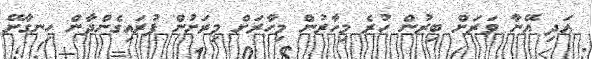
އަދި އޭނާ ވަރަށް ބިރުން ހުރެ މިހާރުން މިހާރަށް މިރަށުން ފުރައިގެންދާން ހިނގާށޭ